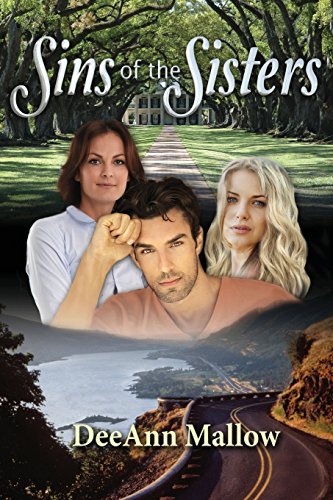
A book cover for Sins of the Sisters; DeeAnn Mallow; Mystery, Thriller & Suspense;